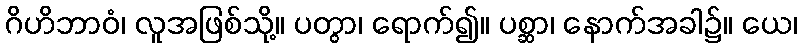
ဂိဟိဘာဝံ၊ လူအဖြစ်သို့။ ပတွာ၊ ရောက်၍။ ပစ္ဆာ၊ နောက်အခါ၌။ ယေ၊